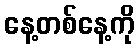
နေ့တစ်နေ့ကို